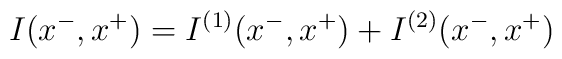
I(x^-,x^+)=I^{(1)}(x^-,x^+)+I^{(2)}(x^-,x^+)